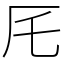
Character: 厇